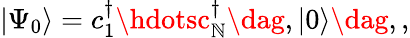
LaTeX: \vert\Psi_{0}\rangle=c_{1}^{\dagger}\hdotsc_{\mathbb{N}}^{\dagger}\dag,\vert0\rangle\dag,,